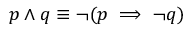
p \wedge q \equiv \neg ( p \implies \neg q )